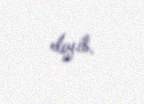
deyib.